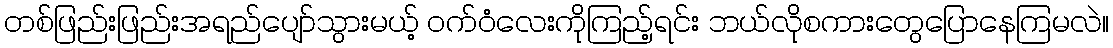
တစ်ဖြည်းဖြည်းအရည်ပျော်သွားမယ့် ဝက်ဝံလေးကိုကြည့်ရင်း ဘယ်လိုစကားတွေပြောနေကြမလဲ။